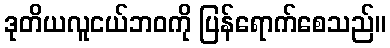
ဒုတိယလူငယ်ဘဝကို ပြန်ရောက်စေသည်။